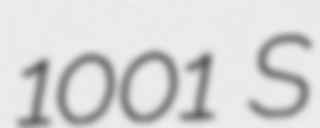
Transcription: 1001 S